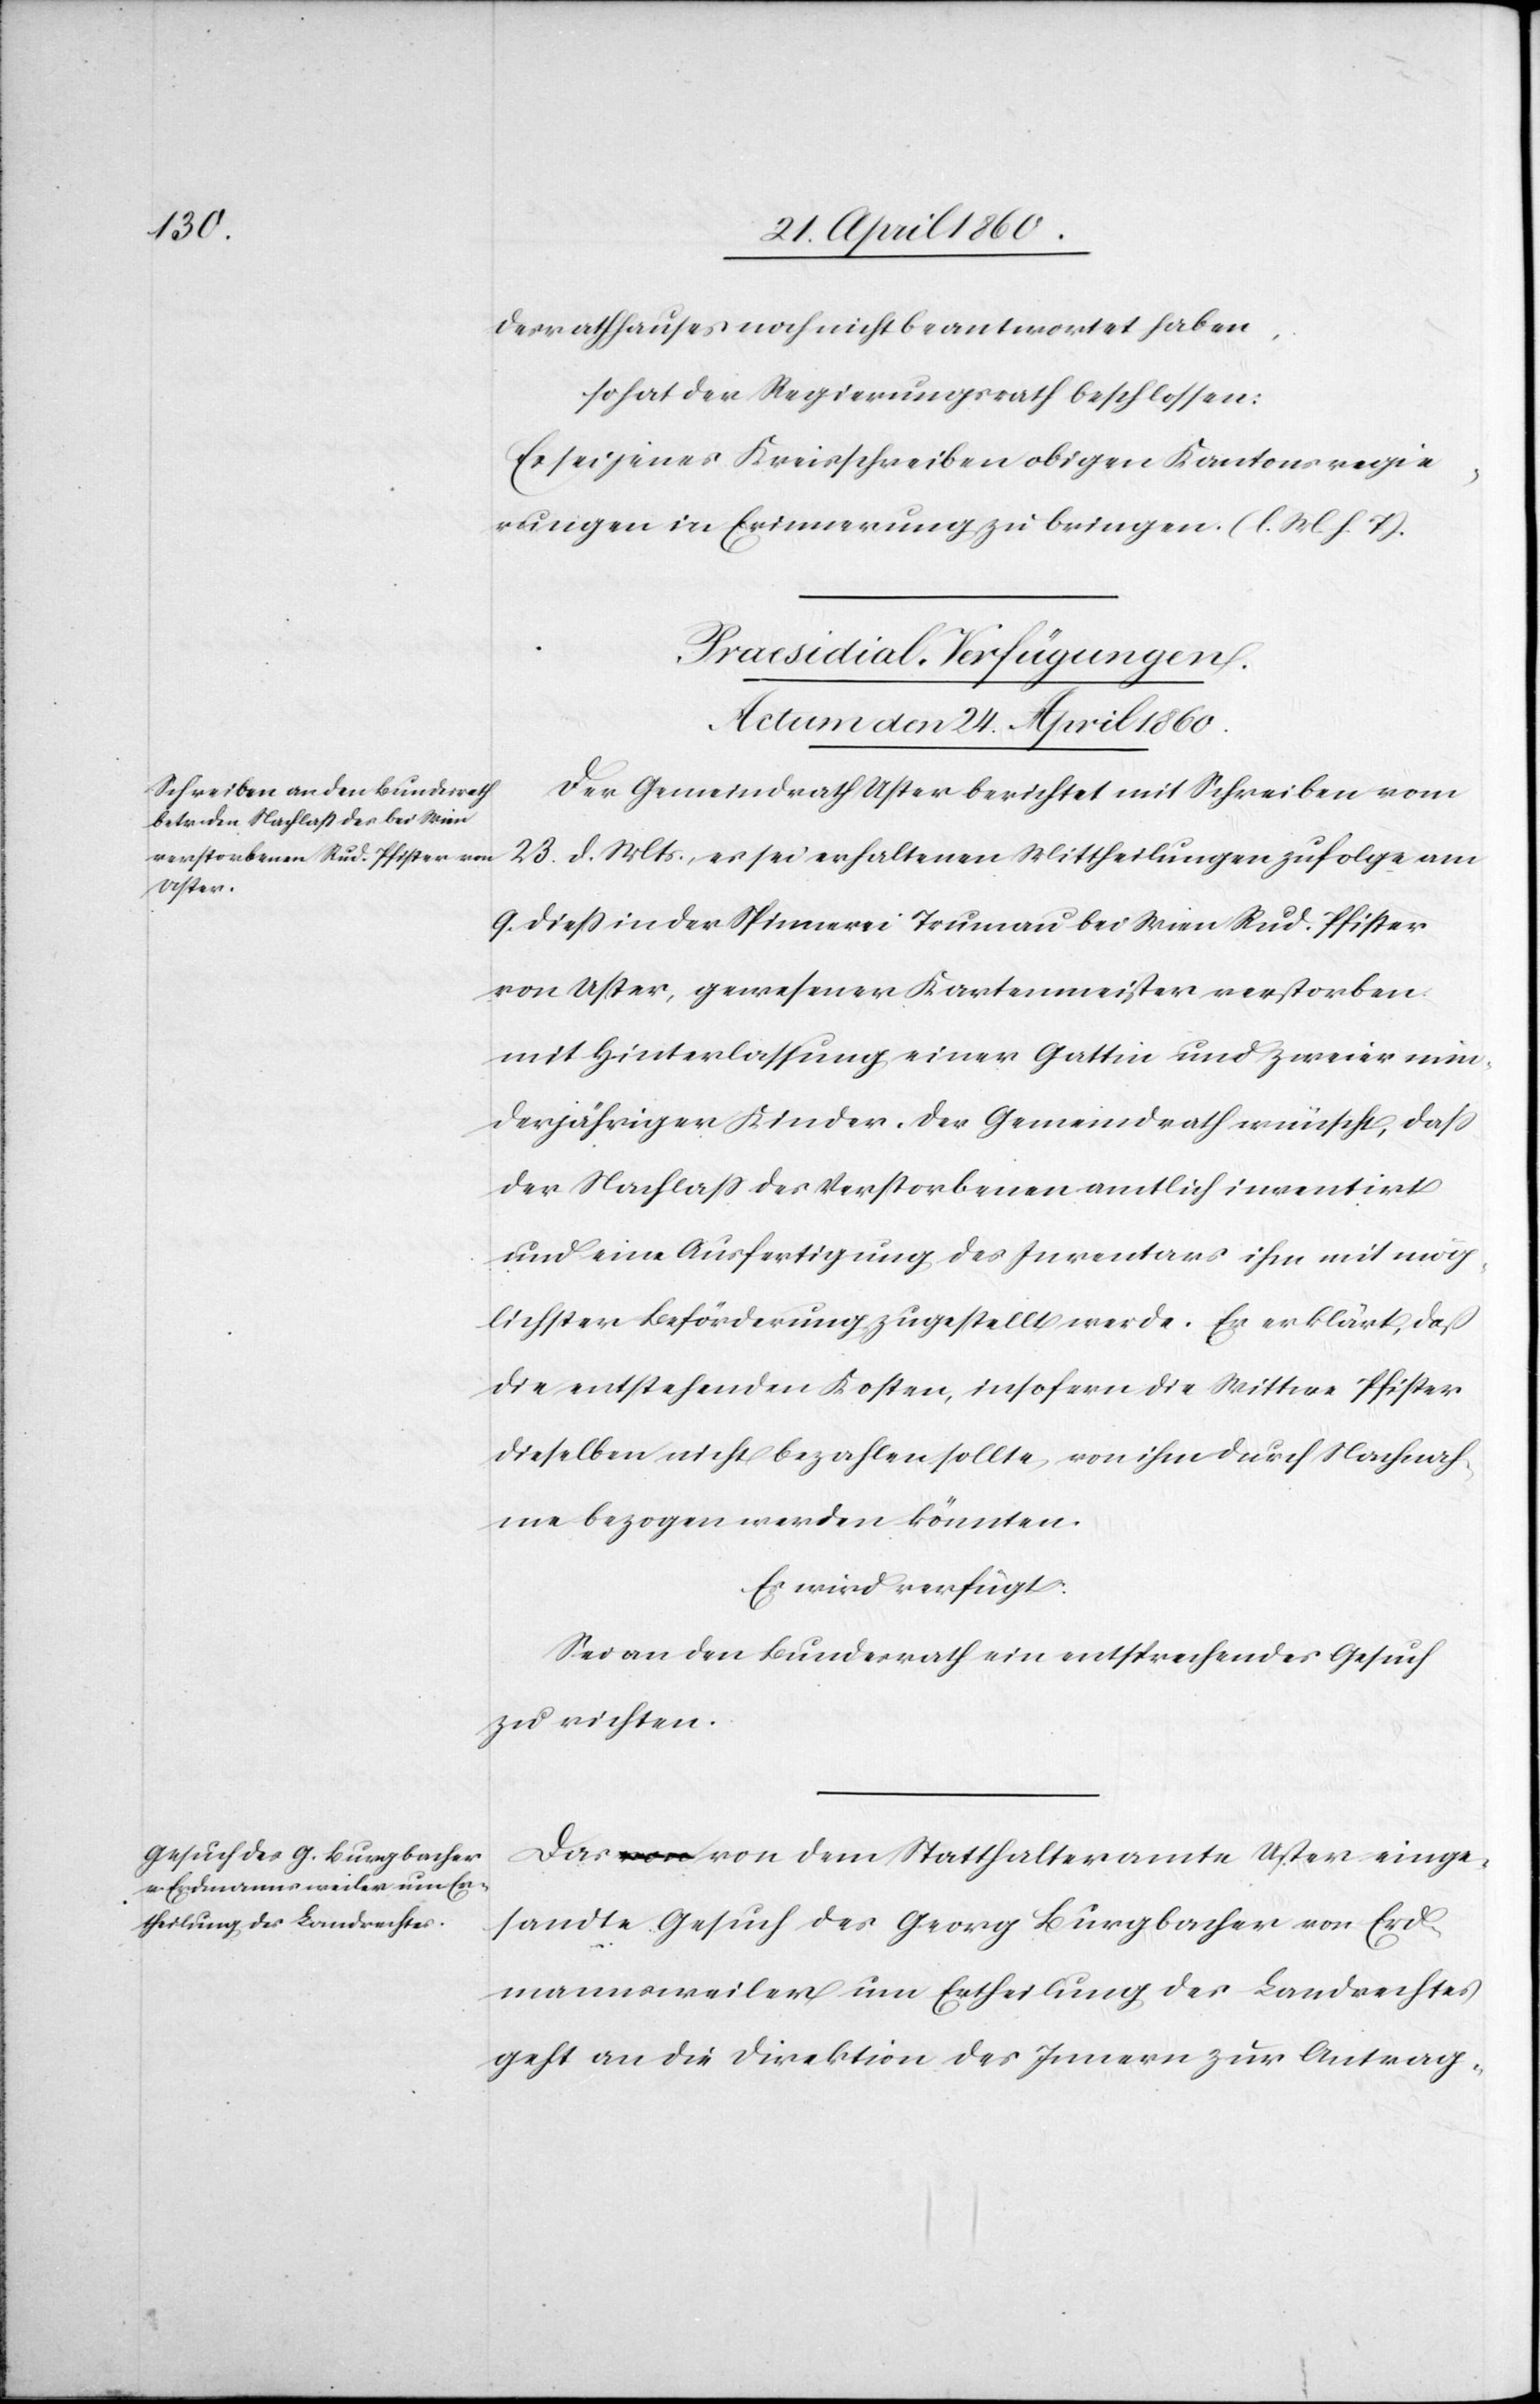
desrathshauses noch nicht beantwortet haben,
so hat der Regierungsrath beschlossen:
Es sei jenes Kreisschreiben obigen Kantonsregie¬
rungen in Erinnerung zu bringen. [l. M. h. T]
[Praesidial-Verfügungen.
Actum den 24. April 1860.]
Der Gemeindrath Uster berichtet mit Schreiben vom
23. d. Mts. es sei erhaltenen Mittheilungen zufolge am
9. diess in der Spinnerei Trumau bei Wien Rud. Pfister
von Uster, gewesener Kartenmeister verstorben
mit Hinterlassung einer Gattin und zweier min¬
derjähriger Kinder. Der Gemeindrath wünscht, dass
der Nachlass des Verstorbenen amtlich inventirt
und eine Ausfertigung des Inventars ihm mit mög¬
lichster Beförderung zugestellt werde. Er erklärt, dass
die entstehenden Kosten, insofern die Wittwe Pfister
dieselben nicht bezahlen sollte, von ihm durch Nachah¬
mung bezogen werden könnten.
Es wird verfügt:
Sei an den Bundesrath ein entsprechendes Gesuch
zu richten.
Das von dem Statthalteramte Uster einge¬
sandte Gesuch des Georg Burgbacher von Erd¬
mannsweiler um Ertheilung des Landrechtes
geht an die Direktion des Innern zur Antrag-